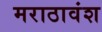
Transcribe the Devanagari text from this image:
मराठावंश